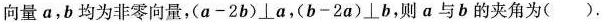
向量a，b均为非零向量，$$( a - 2 b ) \perp a$$，$$( b - 2 a ) \perp b$$，则a与b的夹角为().